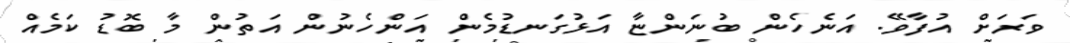
ވަރަށް އުފާވޭ. އަނެހެން ބުނަންޏާ އަޅުގަނޑުމެން އަންހެނުން އަތުން މާ ބޮޑު ކަމެއް